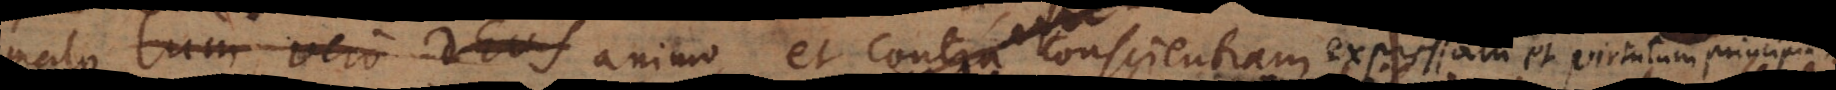
ae malo animo et contra conscientiam expressam et virtutum princip